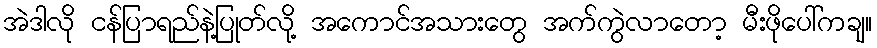
အဲဒါလို ငန်ပြာရည်နဲ့ပြုတ်လို့ အကောင်အသားတွေ အက်ကွဲလာတော့ မီးဖိုပေါ်ကချ။